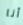
أنا